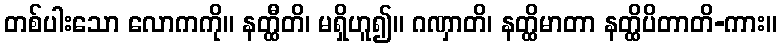
တစ်ပါးသော လောကကို။ နတ္ထီတိ၊ မရှိဟူ၍။ ဂဏှာတိ၊ နတ္ထိမာတာ နတ္ထိပိတာတိ-ကား။